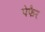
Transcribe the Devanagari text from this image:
पेफैर